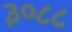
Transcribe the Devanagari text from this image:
३०८८